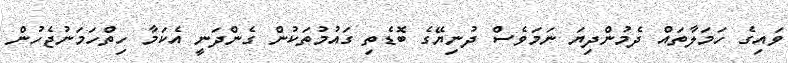
ވައިގެ ހަމަލާތައް ދެމުންދިޔަ ނަމަވެސް ދުނިޔޭގެ ބޮޑެތި ގައުމުތަކުން ގެންދަނީ އެކަމާ ހިތްހަމަނުޖެހުން